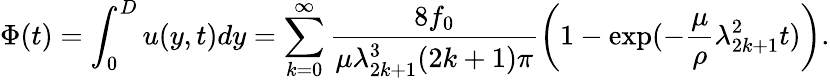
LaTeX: \Phi(t)=\int_{0}^{D}u(y,t)dy=\sum_{k=0}^{\infty}\frac{8f_{0}}{\mu\lambda_{2k+1}^{3}(2k+1)\pi}\left(1-\exp(-\frac{\mu}{\rho}\lambda_{2k+1}^{2}t)\right).